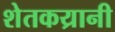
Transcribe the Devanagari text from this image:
शेतकय्रानी